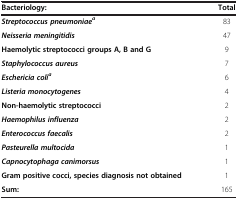
<table><thead><tr><td><b>Bacteriology:</b></td><td><b>Total</b></td></tr></thead><tbody><tr><td><b><i>Streptococcus pneumoniae</i></b><sup><b><i>a</i></b></sup></td><td>83</td></tr><tr><td><b><i>Neisseria meningitidis</i></b></td><td>47</td></tr><tr><td><b>Haemolytic streptococci groups A, B and G</b></td><td>9</td></tr><tr><td><b><i>Staphylococcus aureus</i></b></td><td>7</td></tr><tr><td><b><i>Eschericia coli</i></b><sup><b><i>a</i></b></sup></td><td>6</td></tr><tr><td><b><i>Listeria monocytogenes</i></b></td><td>4</td></tr><tr><td><b>Non-haemolytic streptococci</b></td><td>2</td></tr><tr><td><b><i>Haemophilus influenza</i></b></td><td>2</td></tr><tr><td><b><i>Enterococcus faecalis</i></b></td><td>2</td></tr><tr><td><b><i>Pasteurella multocida</i></b></td><td>1</td></tr><tr><td><b><i>Capnocytophaga canimorsus</i></b></td><td>1</td></tr><tr><td><b>Gram positive cocci, species diagnosis not obtained</b></td><td>1</td></tr><tr><td><b>Sum:</b></td><td>165</td></tr></tbody></table>